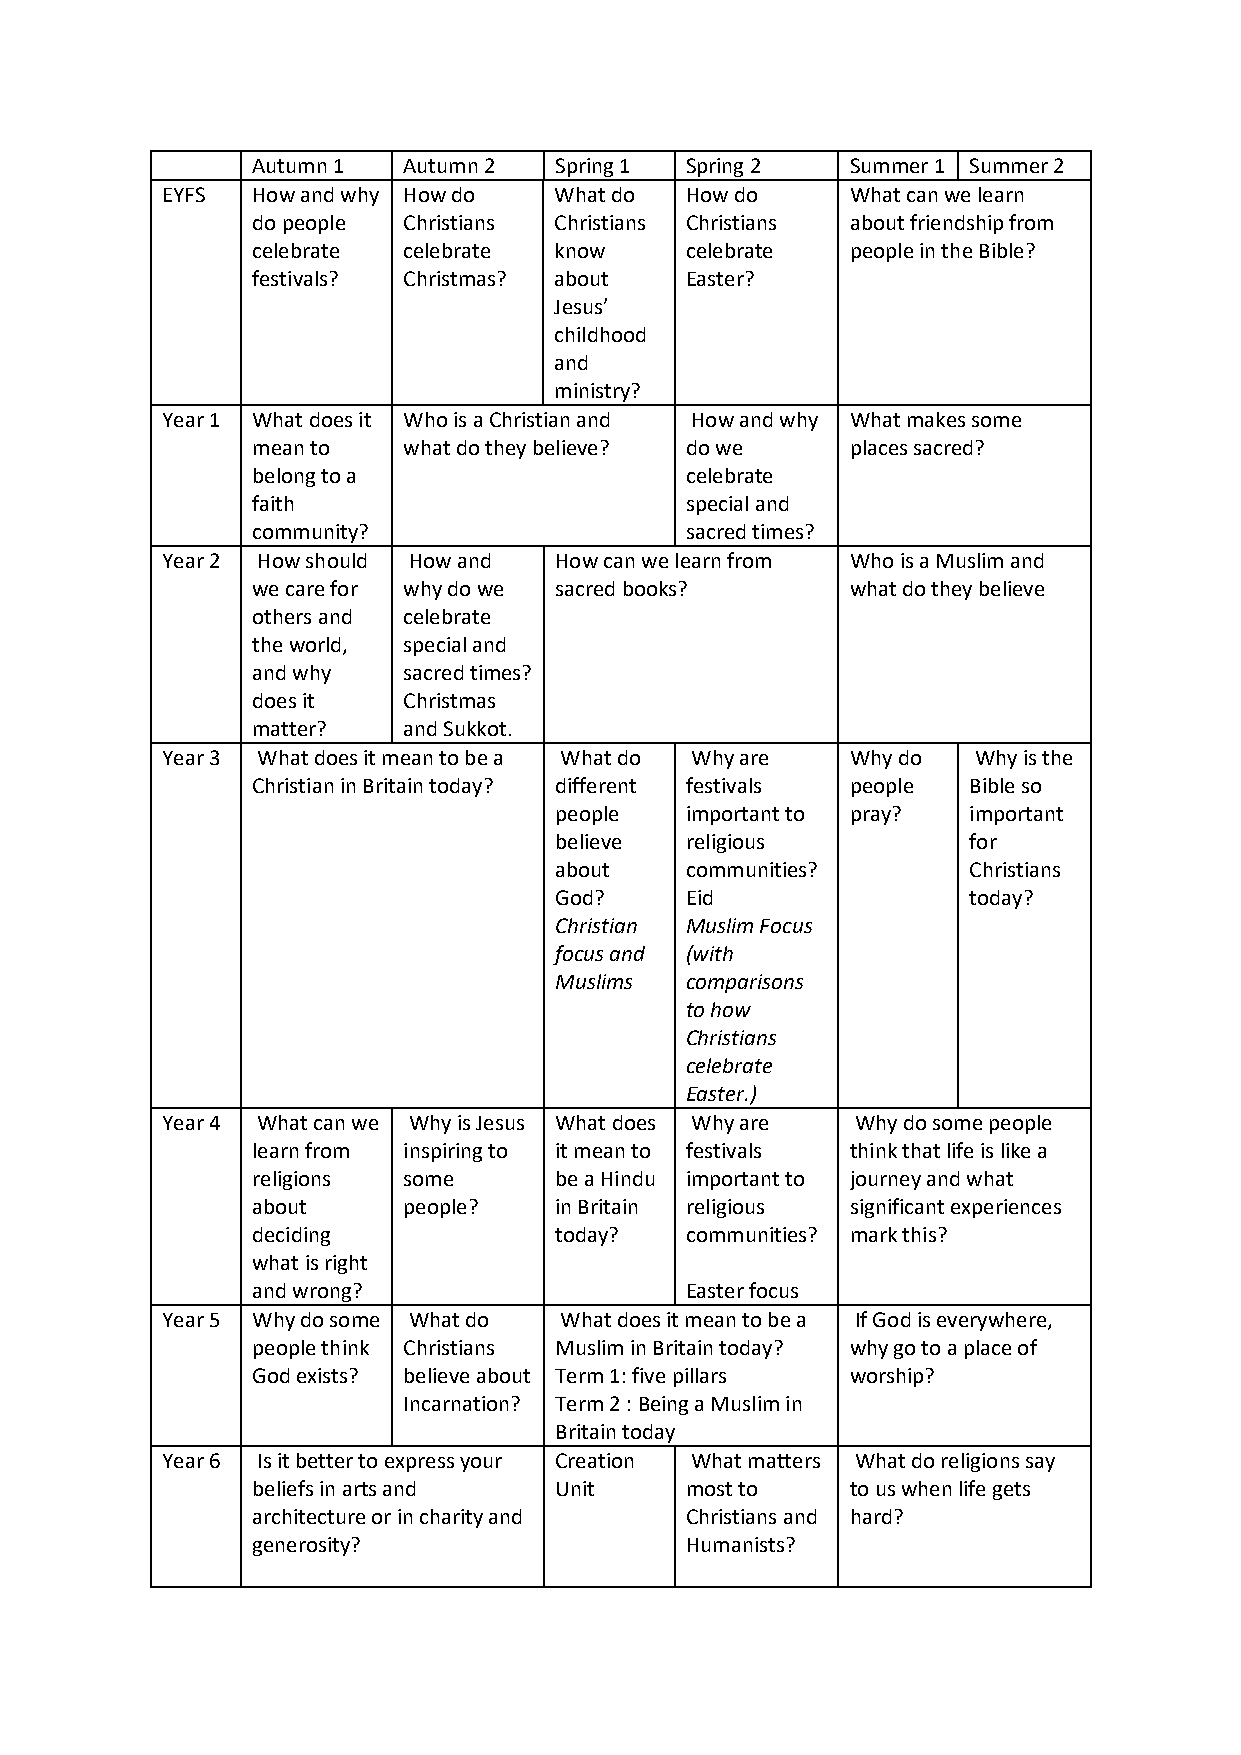
Autumn 1  Autumn 2  Spring 1 Spring 2  Summer 1 Summer 2
 EYFS  How and why How do  What do How do     What can we learn
 do people Christians Christians Christians about friendship from
 celebrate celebrate know    celebrate  people in the Bible?
 festivals? Christmas? about Easter?
 Jesus’
 childhood
 and
 ministry?
 Year 1 What does it Who is a Christian and How and why What makes some
 mean to   what do they believe? do we  places sacred?
 belong to a                 celebrate
 faith                       special and
 community?                  sacred times?
 Year 2 How should How and How can we learn from Who is a Muslim and
 we care for why do we sacred books?    what do they believe
 others and celebrate
 the world, special and
 and why   sacred times?
 does it   Christmas
 matter?   and Sukkot.
 Year 3 What does it mean to be a What do Why are Why do Why is the
 Christian in Britain today? different festivals people Bible so
 people  important to pray? important
 believe religious          for
 about   communities?       Christians
 God?    Eid                today?
 Christian Muslim Focus
 focus and (with
 Muslims comparisons
 to how
 Christians
 celebrate
 Easter.)
 Year 4 What can we Why is Jesus What does Why are Why do some people
 learn from inspiring to it mean to festivals think that life is like a
 religions some      be a Hindu important to journey and what
 about     people?   in Britain religious significant experiences
 deciding            today?  communities? mark this?
 what is right
 and wrong?                  Easter focus
 Year 5 Why do some What do What does it mean to be a If God is everywhere,
 people think Christians Muslim in Britain today? why go to a place of
 God exists? believe about Term 1: five pillars worship?
 Incarnation? Term 2 : Being a Muslim in
 Britain today
 Year 6 Is it better to express your Creation What matters What do religions say
 beliefs in arts and Unit    most to    to us when life gets
 architecture or in charity and Christians and hard?
 generosity?                 Humanists?